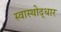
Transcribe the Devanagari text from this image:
स्वास्थोद्धार